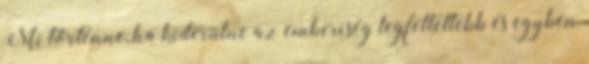
Mi történne, ha kiderülne az emberiség legféltettebb és egyben